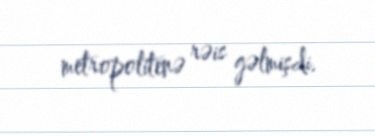
metropolitenə rəis gəlmişdi.